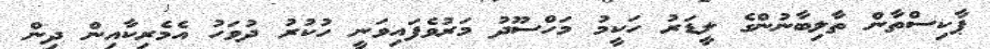
ޕާކިސްތާން ތާލިބާނުންގެ ލީޑަރު ހަކީމު މަހްސޫދު މަރުވެފައިވަނީ ހުކުރު ދުވަހު އެމެރިކާއިން ދިން